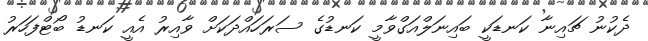
ދެކުނު ޗައިނާ ކަނޑަކީ ބައިނަލްއަގްވާމީ ކަނޑުގެ ސަރަހައްދަކަށް ވާއިރު އެއީ ކަނޑު ބޯޓްފަހަރު